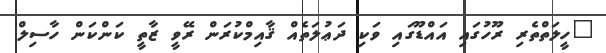
"ހީލަތްތެރި ރޫހުގައި އައްޑޫގައި ވަކި ދަޢުލަތެއް ޤާއިމްކުރަން ރޭވީ ޒާތީ ކަންކަން ހާސިލް